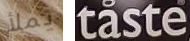
يملأ taste